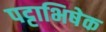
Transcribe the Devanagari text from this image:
पट्टाभिषेक